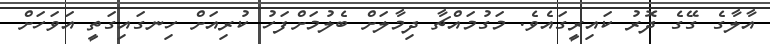
އާލާގެ ގޭގެ ދޮރު ކައިރީގައެވެ. މަގުމައްޗާ ދިމާލަށް ބެލުމަށްފަހު ކުރިއަށް ހިނގައިގަތީ އަވަހަށް